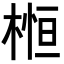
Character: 𣕲